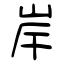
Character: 岸